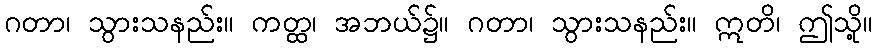
ဂတာ၊ သွားသနည်း။ ကတ္ထ၊ အဘယ်၌။ ဂတာ၊ သွားသနည်း။ ဣတိ၊ ဤသို့။